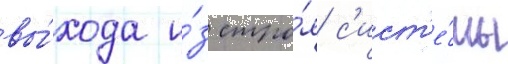
вы́хода и́з стро́я с'ист'е́мы